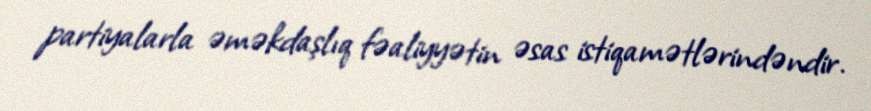
partiyalarla əməkdaşlıq fəaliyyətin əsas istiqamətlərindəndir.